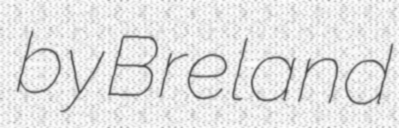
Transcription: by Breland